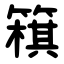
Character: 簯